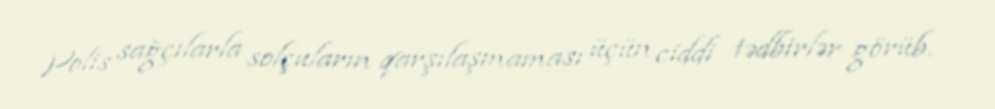
Polis sağçılarla solçuların qarşılaşmaması üçün ciddi tədbirlər görüb.